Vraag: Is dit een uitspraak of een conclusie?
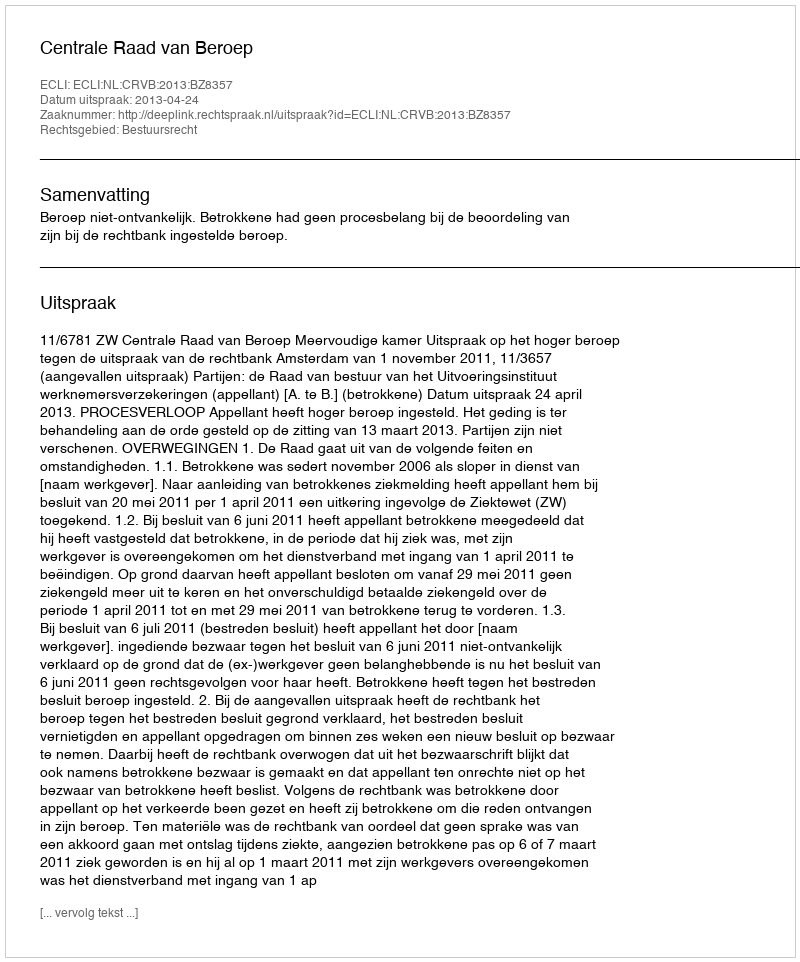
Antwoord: Uitspraak